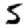
Digit: 5